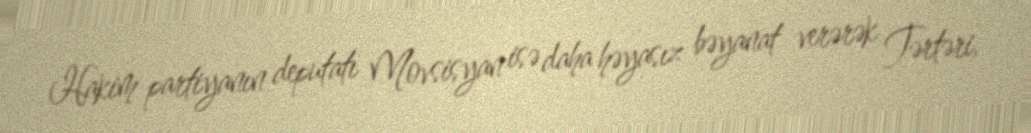
Hakim partiyanın deputatı Movsisyan isə daha həyasız bəyanat verərək Tərtəri,